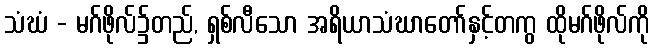
သံဃံ - မဂ်ဖိုလ်၌တည်, ရှစ်လီသော အရိယာသံဃာတော်နှင့်တကွ ထိုမဂ်ဖိုလ်ကို